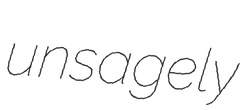
unsagely